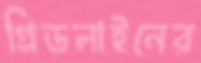
গ্রিডলাইনের